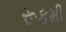
રૂકમી